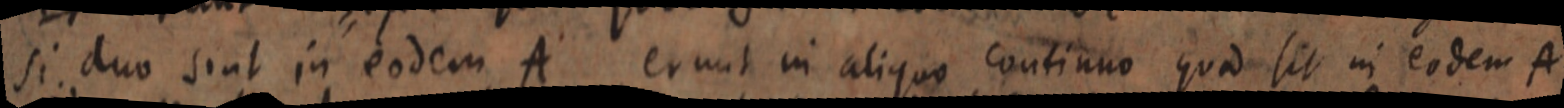
si duo sint in eodem A erunt in aliquo continuo quae sit in eodem A